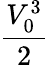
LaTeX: \frac{V_{0}^{3}}{2}